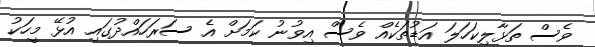
ވެސް ތަޅާލިކަހަލަ އަޑުތަކެއް ވެސް އިވުނު ކަމަށް އެ ސަރަހައްދުގައި އުޅޭ މީހަކު